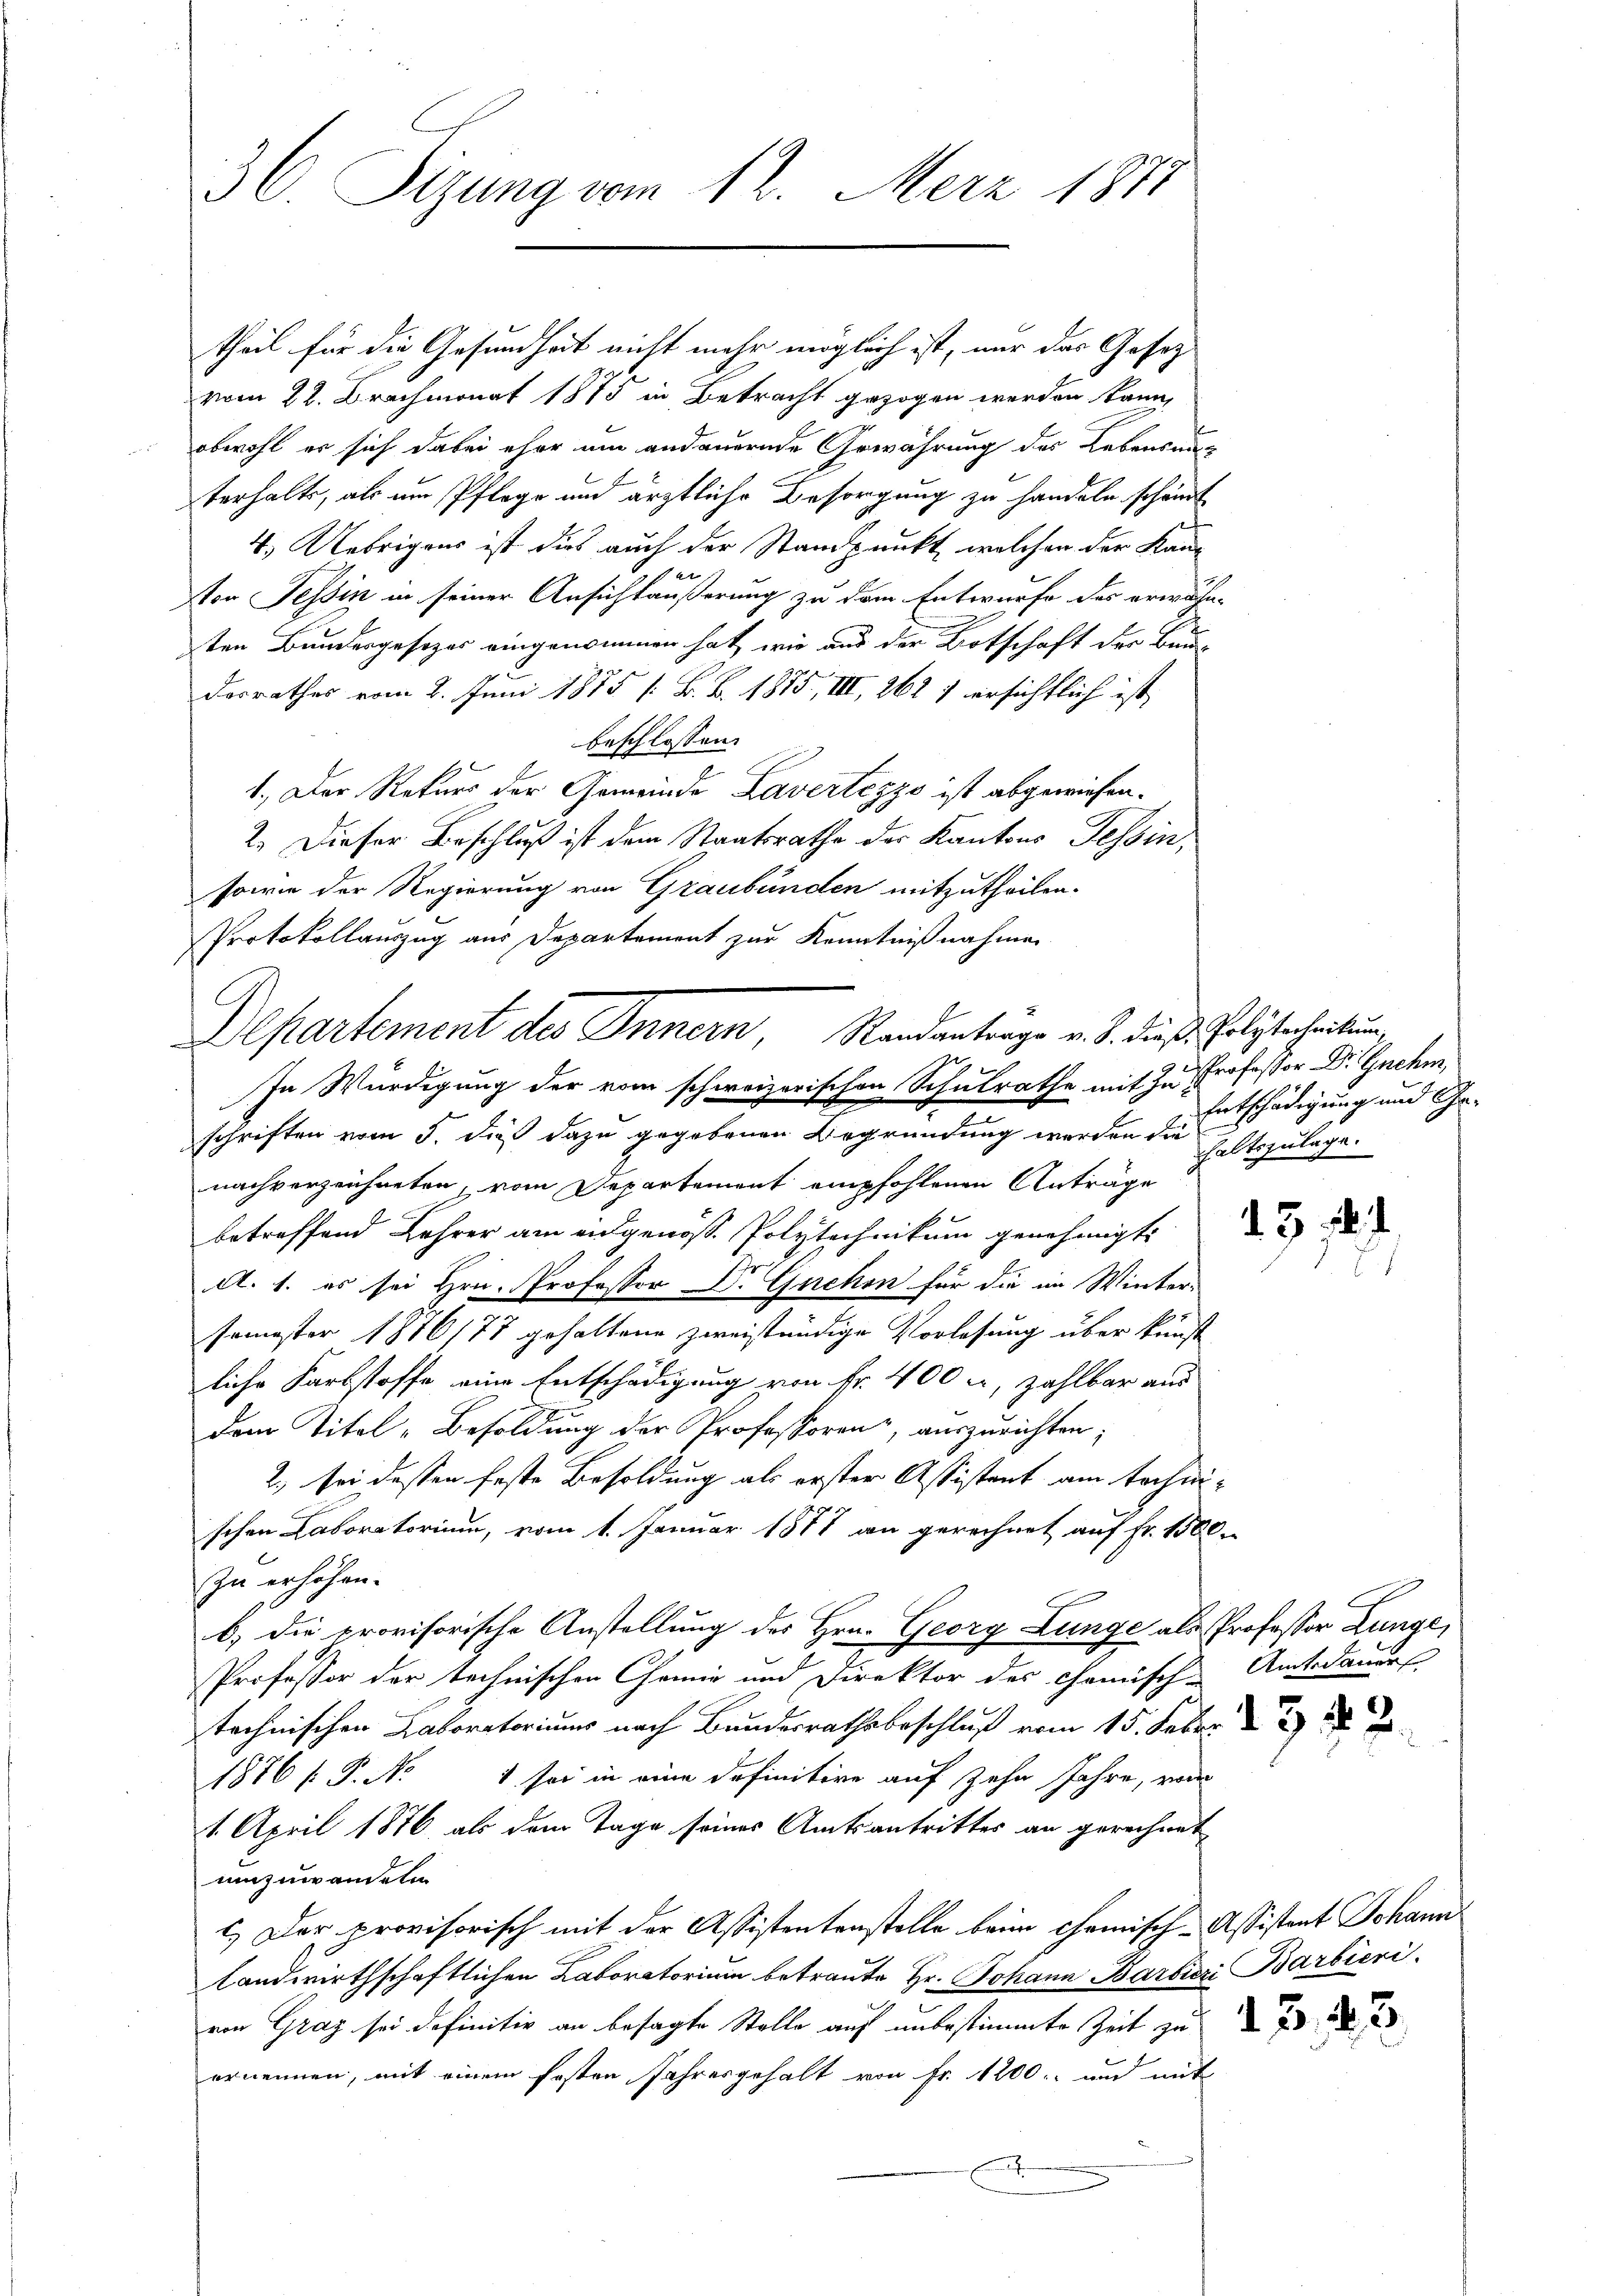
36. Sizung vom 12. Merz 1871

theil für die Gesundheit nicht mehr möglich ist, nur das Gesetz
vom 22. Brachmonat 1875 in Betracht gezogen werden kann,
obwohl er sich dabei eher um andauernde Gewährung des Lebensaus
terhalts, als um Pflege und ärztliche Besorgung zu handeln schändt
Remar
4.) Uebrigens ist dies auch der Standpunkt, welchen der Kane
ton Tessin in seiner Ansichtäußerung zu dem Entwurfe des erwähn-
sten Bundesgesetzes eingenommen hat, wie aus der Botschaft der Bau
desrathes vom 2. Juni 1875 / B. B. 1875, III, 261 f ersichtlich ist
beschlossen:
1.) Der Rekurs der Gemeinde Lavertezzo ist abgewiesen.
2. Dieser Beschluß ist dem Staatsrathe der Kantons Tessin,
sowie der Regierung von Graubünden mitzutheilen.
Protokollauszug aus Departement zur Kenntnißnahmen
nachverzeichneten, vom Departement empfohlenen Anträge
betreffend Lehrer am ausgenoße Polytechnikum genehmigt.
A. 1. es sei Hrn. Professor Dr. Guchen für die im Winter-
semester 1876/77 gehaltene zweiständige Vorlesung über kunst
liche Farbstoffe eine Entschädigung von Fr. 400 a, zahlbar aus
dem Titel-Besoldung der Professoren, auszurichten;
2., sei dessen feste Besoldung als erster Assistant am technischen Laboratorium, vom 1. Januar 1877 an gerechnet auf Fr. 1500.
zu erhöhen.
b.) die provisorische Anstellung des Hrn. Georg Lunge als Professor Lunge,
Professor der technischen Chemie und Direktor des Camisch-Amtsdauer
technischen Laboratoriums nach Bundesrathsbeschluß vom 15. Feber d
1876 P. Nr. 1 sei in eine Definitive auf zehn Jahre, wor
1. April 1876 als dem Tage seines Amtsantrittes an gerechnet
umzuwandeten
c.) Der provisorisch mit der Assistentenstelle beim Chemisch-Assistant Johann
landwirthschaftlichen Laboratorium betraute Hr. Johann Barbieri Barbieri
von Graz sei definitiv an besagte Stelle auf unbestimmte Zeit zu
ernennen, mit einem festen Jahresgehalt von Fr. 1200. und mit

Departement des Innern, Randantrage v. 8. dieß. Polytecheitung
f
In Würdigung der vom schweizerischen Schulrathe mit zu Professor Dr. Genehm
schriften vom 5. dieß dazu gegebenen Begründung werden die Echtszulage

Entschädigung und Ge¬